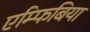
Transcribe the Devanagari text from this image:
एम्फिबिया